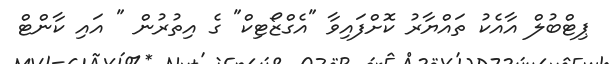
ޕިޓްބުލް އާއެކު ތައްޔާރު ކޮށްފައިވާ "އެގްޒޯޓިކް" ގެ އިތުރުން " އައި ކާންޓް